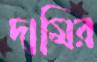
দামির